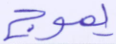
يموج